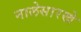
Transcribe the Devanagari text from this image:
नालेसारखे